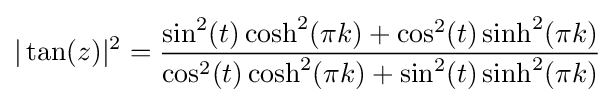
|\tan(z)|^{2}={\frac {\sin ^{2}(t)\cosh ^{2}(\pi k)+\cos ^{2}(t)\sinh ^{2}(\pi k)}{\cos ^{2}(t)\cosh ^{2}(\pi k)+\sin ^{2}(t)\sinh ^{2}(\pi k)}}